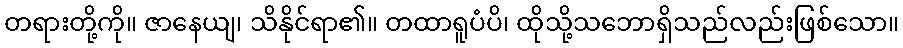
တရားတို့ကို။ ဇာနေယျ၊ သိနိုင်ရာ၏။ တထာရူပံပိ၊ ထိုသို့သဘောရှိသည်လည်းဖြစ်သော။